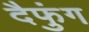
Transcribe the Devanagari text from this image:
दैफुंग